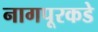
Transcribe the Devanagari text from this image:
नागपूरकडे